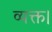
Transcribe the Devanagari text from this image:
व्यक्त।